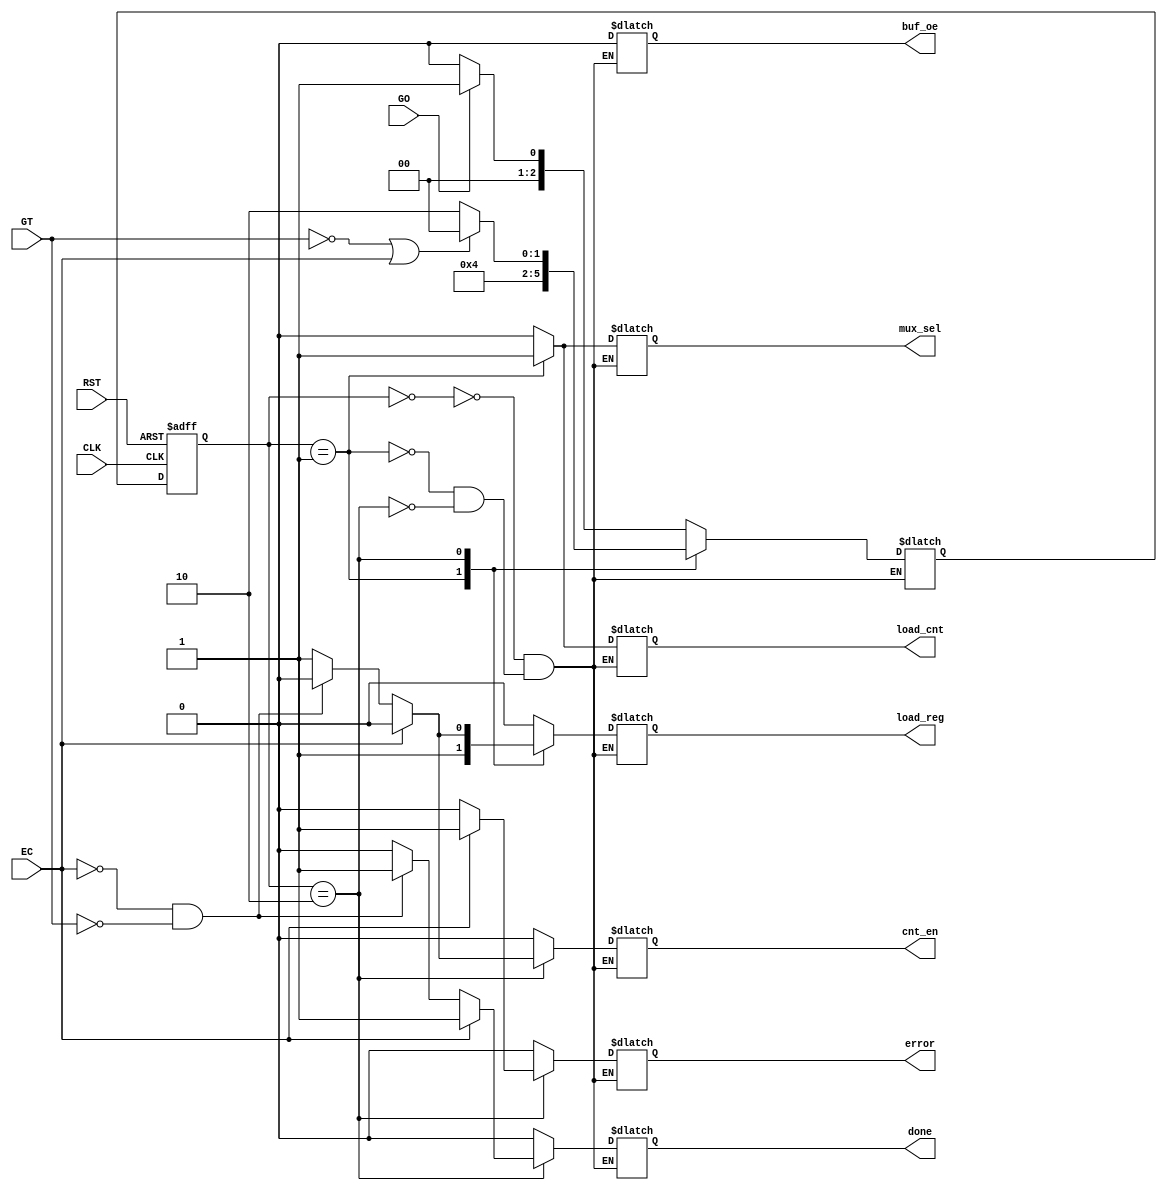

module CU #(parameter DATA_WIDTH = 32)(
    input GO,
    input GT,
    input RST,
    input CLK,
    input EC,
    output reg load_cnt,
    output reg cnt_en,
    output reg mux_sel,
    output reg load_reg,
    output reg buf_oe,
    output reg done,
    output reg error
    );

    parameter   S0 = 3'b000,
                S1 = 3'b001,
                S2 = 3'b010,
                S3 = 3'b011,
                S4 = 3'b100;
    reg [2:0] CS, NS;
    //NS driver
    always @ (posedge CLK, posedge RST)
        begin
            if(RST == 1) CS <= S0;
            else         CS <= NS;
        
        end
    //Output logic
    always @ (CS, GT, EC)
        begin
            case(CS)
                S0: begin
                        load_cnt =0;
                        cnt_en = 0;
                        mux_sel = 0;
                        load_reg = 0;
                        buf_oe = 0;
                        done = 0;
                        error = 0;
                    end
                //Load
                S1: begin

                        load_cnt =1;
                        cnt_en = 0;
                        mux_sel = 1;
                        load_reg = 1;
                        buf_oe = 0;
                        done = 0;
                        error = 0;

                        
                    end
                //Finished
                S2: begin
                
                    if(EC)begin
                        load_cnt <= 0;
                        cnt_en <= 0;
                        mux_sel <= 0;
                        load_reg <= 0;
                        buf_oe <= 0;
                        done <= 1;
                        error <= 1; 
                        end
                    else if(!EC && !GT)begin
                        load_cnt = 0;
                        cnt_en = 0;
                        mux_sel = 0;
                        load_reg = 0;
                        buf_oe = 0;
                        done = 1;
                        error = 0;  
                        end
                    else begin
                        load_cnt = 0;
                        cnt_en = 1;
                        mux_sel = 0;
                        load_reg = 1;
                        buf_oe = 0;
                        done = 0;
                        error = 0;  
                    
                        end    
                    end

             endcase                 
        end
    always @ (CS, GO, GT, EC)
        begin
            case(CS)
                S0: begin
                        if(GO == 1) NS <= S1;      // Go = 1 and D <= 12, go state 1
                        else NS <= S0;                       // Go = 0
                    end
                S1: begin
                        NS <= S2; 
                    end
                 //Finished   
                 S2: 
                    if(GT == 0 || EC == 1) NS <= S0;
                    else NS <= S2;


            
            endcase       
        end
    
        
    
    
    
endmodule